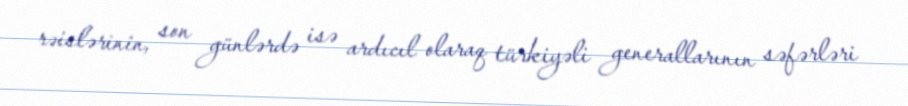
rəislərinin, son günlərdə isə ardıcıl olaraq türkiyəli generallarının səfərləri